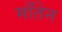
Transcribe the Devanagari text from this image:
माँतेन